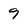
Character: 9